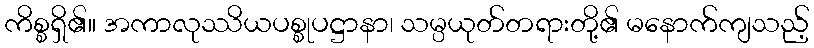
ကိစ္စရှိ၏။ အကာလုဿိယပစ္စုပဋ္ဌာနာ၊ သမ္ပယုတ်တရားတို့၏ မနောက်ကျသည့်